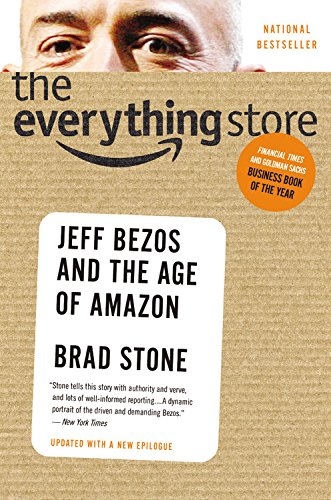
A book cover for The Everything Store: Jeff Bezos and the Age of Amazon; Brad Stone; Literature & Fiction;